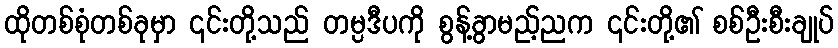
ထိုတစ်စုံတစ်ခုမှာ ၎င်းတို့သည် တမ္ပဒီပကို စွန့်ခွာမည့်ညက ၎င်းတို့၏ စစ်ဦးစီးချုပ်